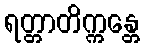
ရတ္တာတိက္ကန္တေ